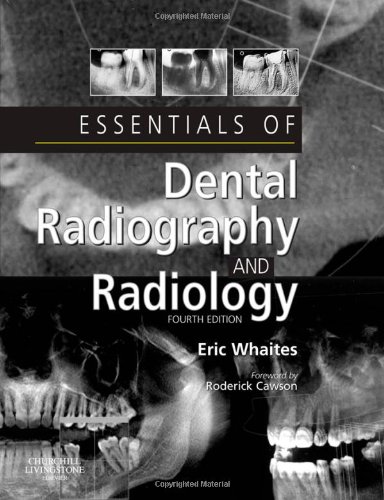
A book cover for Essentials of Dental Radiography and Radiology, 4e; Eric Whaites MSc BDS(Hons) FDSRCS(Edin) FDSRCS(Eng) FRCR DDRRCR; Medical Books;